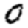
Digit: 0